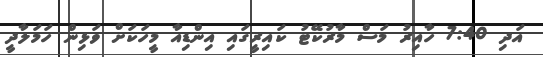
އަދި 7:40 ހާއިރު މަސް މާރުކޭޓު ކައިރީގައި އިންޑިއާ މީހަކަށް ވަޅިން ހަމަލާދީ